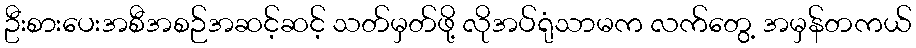
ဦးစားပေးအစီအစဉ်အဆင့်ဆင့် သတ်မှတ်ဖို့ လိုအပ်ရုံသာမက လက်တွေ့ အမှန်တကယ်